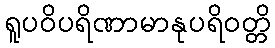
ရူပဝိပရိဏာမာနုပရိဝတ္တိ